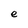
Character: e